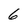
Character: 6